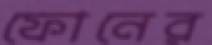
ফোনের